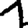
Digit: 1